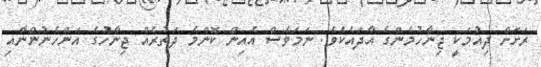
ރަށަށް ދިއުމަކީ ޖިނާހުމެންގެ އާދައެކެވެ. ނަމަވެސް އެއިން ކޮންމެ ދަތުރެއް ޖިނާހުގެ އަންހެނުންނާއި